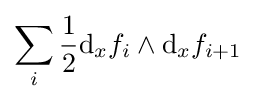
\sum _{i}{\frac {1}{2}}\mathrm {d} _{x}f_{i}\wedge \mathrm {d} _{x}f_{i+1}